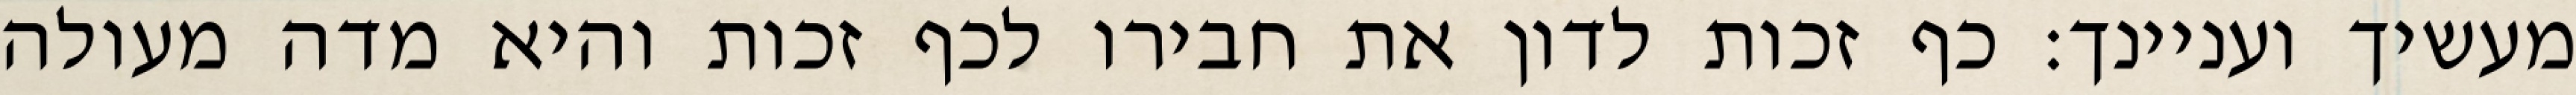
מעשיך ועניינך: כף זכות לדון את חבירו לכף זכות והיא מדה מעולה